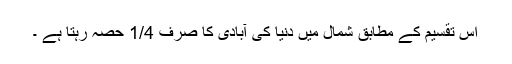
اس تقسیم کے مطابق شمال میں دنیا کی آبادی کا صرف 1/4 حصہ رہتا ہے ۔